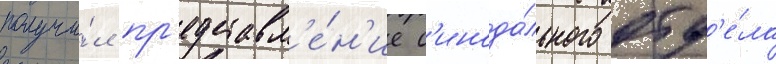
получи́л пр'едставл'е́н'ие с'инода́льного отд'е́ла